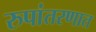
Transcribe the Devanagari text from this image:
रुपांतरणात